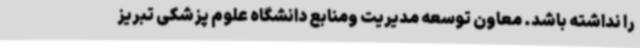
را نداشته باشد. معاون توسعه مدیریت ومنابع دانشگاه علوم پزشکی تبریز